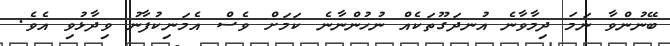
ބޭނުންވާ ނަމަ ދިމާވާނެ އުނދަގޫތަކެއް ނުހުންނާނެ ކަމަށް ވެސް އެމަނިކުފާނު ވިދާޅުވި އެވެ.